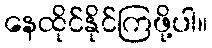
နေထိုင်နိုင်ကြဖို့ပါ။